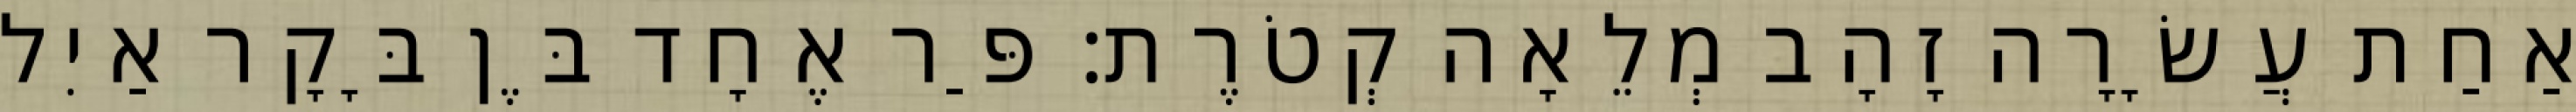
אַחַת עֲשָׂרָה זָהָב מְלֵאָה קְטֹרֶת׃ פַּר אֶחָד בֶּן בָּקָר אַיִל